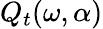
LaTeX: Q_{t}(\omega,\alpha)